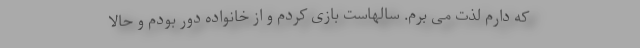
که دارم لذت می برم. سالهاست بازی کردم و از خانواده دور بودم و حالا